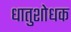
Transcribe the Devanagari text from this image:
धातुशोधक